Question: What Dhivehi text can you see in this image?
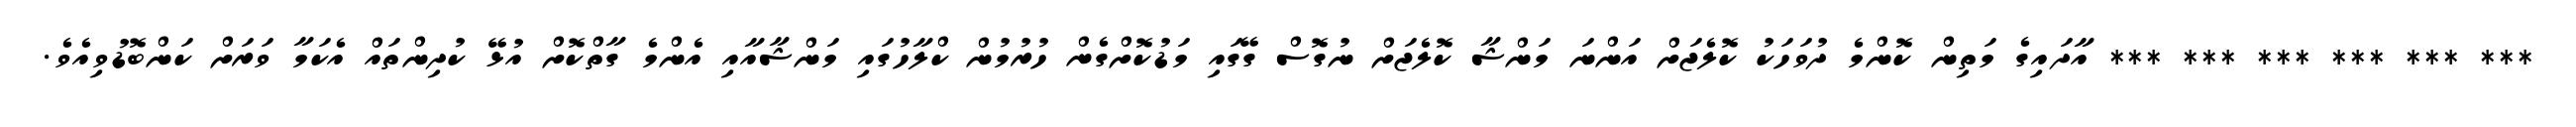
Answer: *** *** *** *** *** *** އާދައިގެ މަތިން ކޮންމެ ދުވަހަކު ކޮލެޖަށް އަންނަ މަންޝާ ކޮލެޖަށް ނުގޮސް ގޭގައި މަޑުކޮށްގެން ހުރުމުން ކްލާހުގައި މަންޝާއާއި އެންމެ ގާތްކޮށް އުޅޭ ކުދިންތައް އެކަމާ ވަރަށް ކަންބޮޑުވިއެވެ.